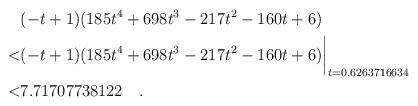
LaTeX: \begin{align*} & (-t+1)(185t^4+698t^3-217t^2-160t+6) \\ < & (-t+1)(185t^4+698t^3-217t^2-160t+6)\biggr\rvert_{t=0.6263716634} \\< & 7.71707738122 \quad . \end{align*}